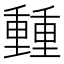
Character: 𨤶